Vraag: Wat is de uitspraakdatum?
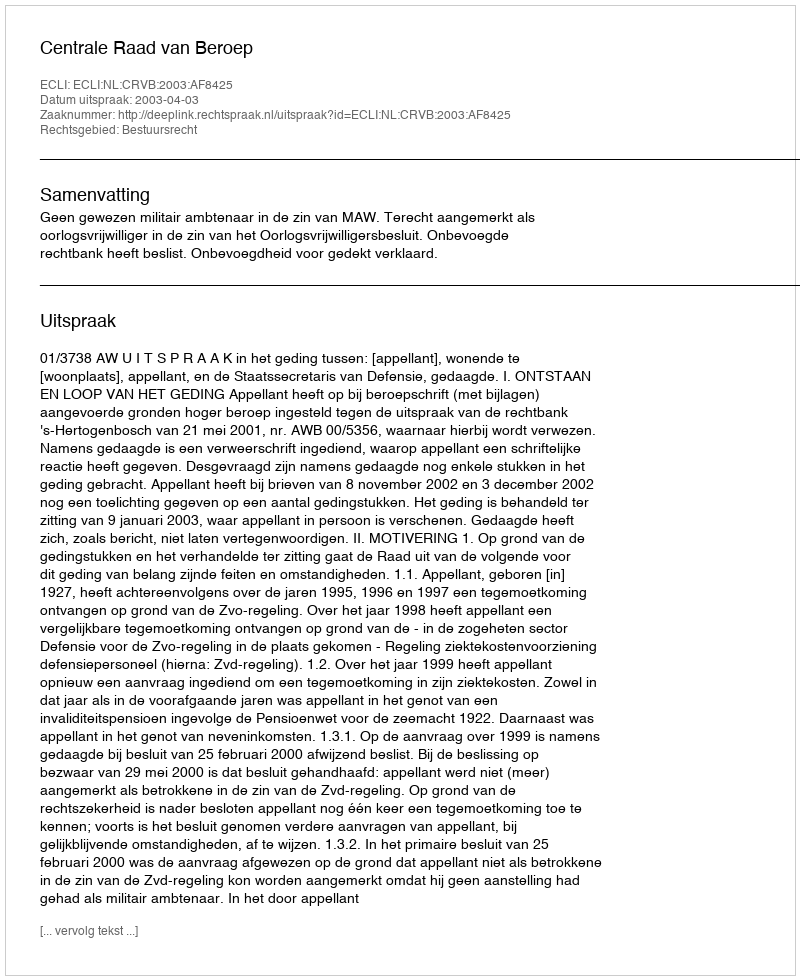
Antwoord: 2003-04-03